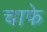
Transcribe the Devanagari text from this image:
चाफे